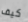
كيف